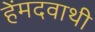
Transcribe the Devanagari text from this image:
हेंमदवाथी